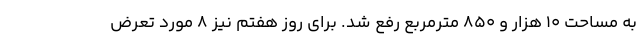
به مساحت ۱۰ هزار و ۸۵۰ مترمربع رفع شد. برای روز هفتم نیز ۸ مورد تعرض